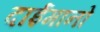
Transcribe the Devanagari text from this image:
दाईमानो